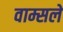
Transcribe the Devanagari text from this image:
वाम्सले